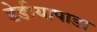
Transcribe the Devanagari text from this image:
डेडीयापाडा